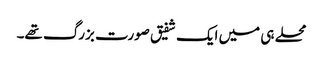
محلے ہی میں ایک شفیق صورت بزرگ تھے۔